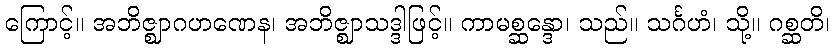
ကြောင့်။ အဘိဇ္ဈာဂဟဏေန၊ အဘိဇ္ဈာသဒ္ဒါဖြင့်။ ကာမစ္ဆန္ဒော၊ သည်။ သင်္ဂဟံ၊ သို့။ ဂစ္ဆတိ၊